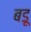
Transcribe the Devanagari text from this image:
बडू